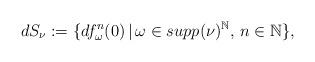
LaTeX: \begin{align*}dS_\nu:=\{df^n_\omega(0)\,|\,\omega\in supp(\nu)^{\mathbb N},\, n\in \mathbb N\},\end{align*}